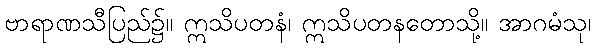
ဗာရာဏသီပြည်၌။ ဣသိပတနံ၊ ဣသိပတနတောသို့။ အာဂမံသု၊